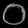
Digit: ၀